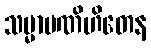
သမ္မာပဏိဟိတေန